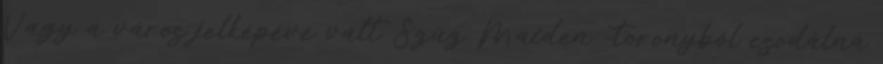
Vagy a város jelképévé vált Szűz Maiden -toronyból csodálná